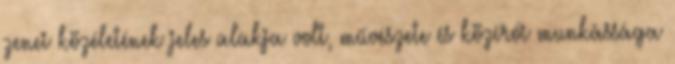
zenei közéletének jeles alakja volt, művészete és közírói munkássága